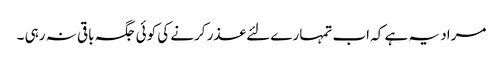
مراد یہ ہے کہ اب تمہارے لئے عذر کرنے کی کوئی جگہ باقی نہ رہی ۔